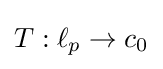
T:\ell _{p}\to c_{0}